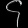
Digit: ၄